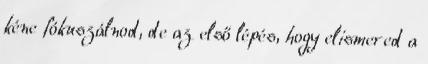
kéne fókuszálnod, de az első lépés, hogy elismered a